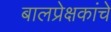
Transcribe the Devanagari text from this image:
बालप्रेक्षकांचे